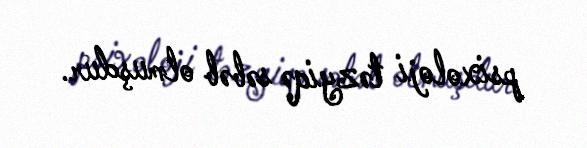
psixoloji təzyiqə səbəb olmuşdur.